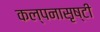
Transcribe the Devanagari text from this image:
कल्पनासृष्टी